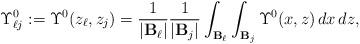
LaTeX: \begin{align*}\Upsilon_{\ell j}^0:=\Upsilon^0(z_\ell, z_j)=\frac{1}{|\mathbf{B}_\ell|}\frac{1}{|\mathbf{B}_j|}\int_{\mathbf{B}_\ell}\int_{\mathbf{B}_j}\Upsilon^0(x, z)\,dx\,dz,\end{align*}